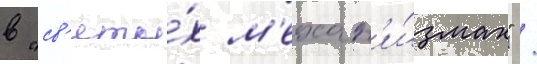
в "св'яты́х м'ехан'и́змах" /